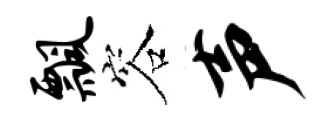
瓢容声